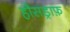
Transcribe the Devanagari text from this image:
हौसड्राफ़